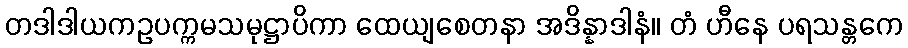
တဒါဒါယကဥပက္ကမသမုဋ္ဌာပိကာ ထေယျစေတနာ အဒိန္နာဒါနံ။ တံ ဟီနေ ပရသန္တကေ